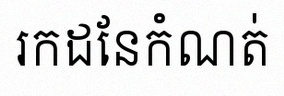
រកដែនកំណត់